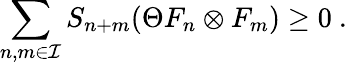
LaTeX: \sum_{n,m\in{\cal I}}S_{n+m}(\Theta F_{n}\otimes F_{m})\geq 0\ .